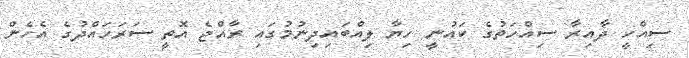
ސިއްހީ ދާއިރާ ސިއްހަތުގެ ކައުނީ ހިޔާ ލިއްބައިދިނުމުގައި ރާއްޖެ އޮތީ ސަރަހައްދުގެ އެހެން